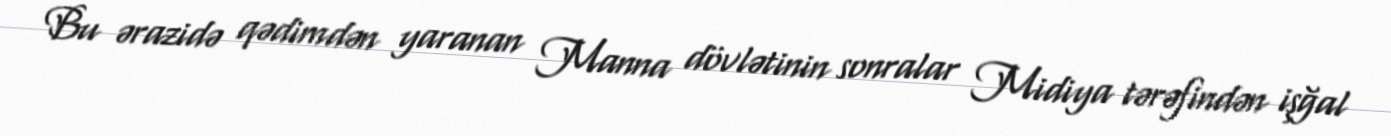
Bu ərazidə qədimdən yaranan Manna dövlətinin sonralar Midiya tərəfindən işğal